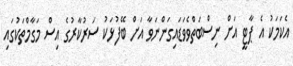
އެކަމަކު އެ ޕާޓީ އަށް ނިސްބަތްވެވަޑައިގަންނަވާ އަށް ބޭފުޅަކު ސަރުކާރުގެ އިސް މަގާމްތަކުގައި